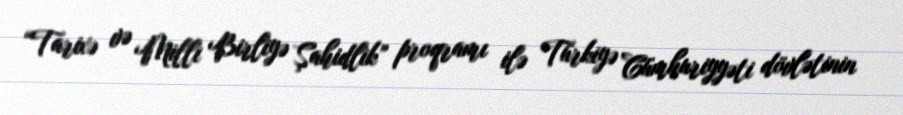
“Tarixə və Milli Birliyə Şahidlik” proqramı ilə Türkiyə Cümhuriyyəti dövlətinin